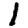
Digit: 1